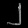
Digit: ၂